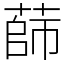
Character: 蒒